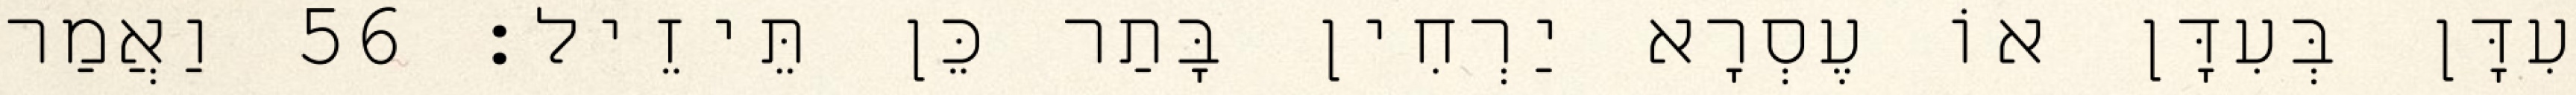
עִדָּן בְּעִדָּן אוֹ עֶסְרָא יַרְחִין בָּתַר כֵּן תֵּיזֵיל׃ 56 וַאֲמַר